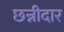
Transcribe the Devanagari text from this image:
छन्नीदार